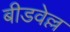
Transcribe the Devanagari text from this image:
बीडवेल्ल